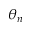
\theta _ { n }